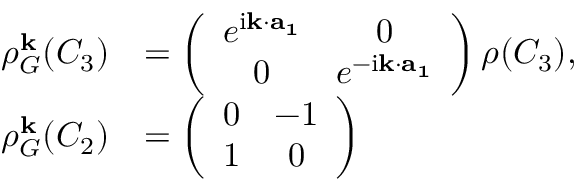
\begin{array} { r l } { \rho _ { G } ^ { \bf k } ( C _ { 3 } ) } & { = \left( \begin{array} { c c } { e ^ { \mathrm { i } { \bf k } \cdot { \bf a _ { 1 } } } } & { 0 } \\ { 0 } & { e ^ { - \mathrm { i } { \bf k } \cdot { \bf a _ { 1 } } } } \end{array} \right) \rho ( C _ { 3 } ) , } \\ { \rho _ { G } ^ { \bf k } ( C _ { 2 } ) } & { = \left( \begin{array} { c c } { 0 } & { - 1 } \\ { 1 } & { 0 } \end{array} \right) } \end{array}